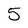
Character: 5